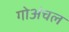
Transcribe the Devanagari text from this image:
गोअंचल